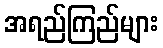
အရည်ကြည်များ